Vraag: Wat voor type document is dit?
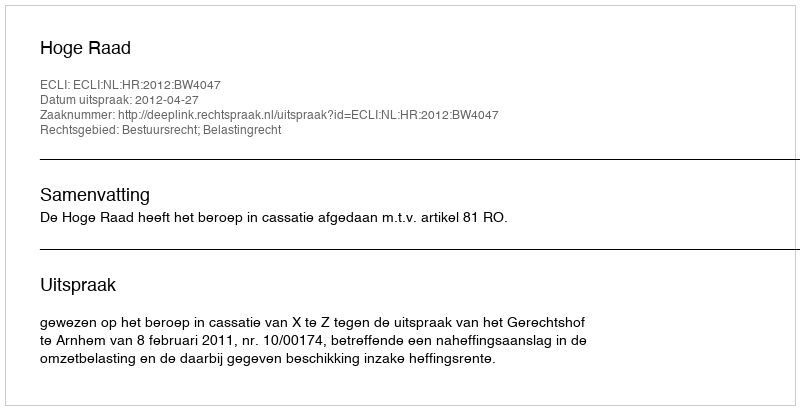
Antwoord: Uitspraak